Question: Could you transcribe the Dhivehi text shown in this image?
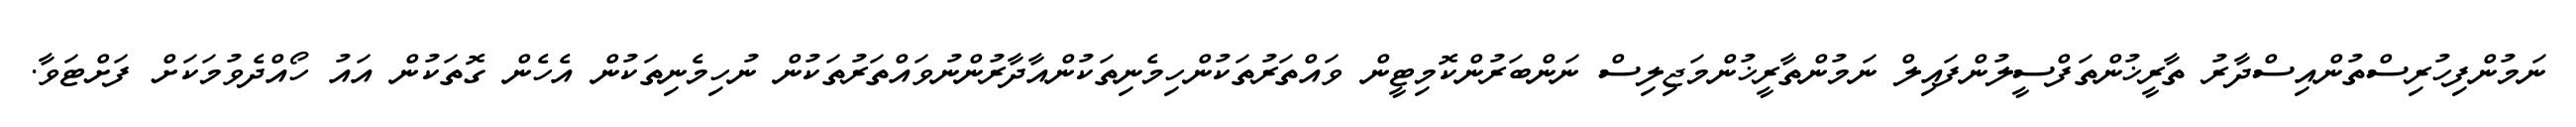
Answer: ނަމުންފިހުރިސްތުންއިސްދާރު ތާރީޚުންތަފްސީލުންފައިލް ނަމުންތާރީޚުންމަޖިލިސް ނަންބަރުންކޮމިޓީން ވައްތަރުތަކުންހިމެނިތަކުންއާދާރުންނުވައްތަރުތަކުން ނުހިމެނިތަކުން އެހެން ގޮތަކުން އައު ހޯއްދެވުމަކަށް ފަށްޓަވާ.